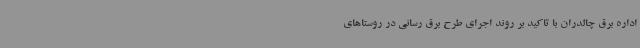
اداره برق چالدران با تاکید بر روند اجرای طرح برق رسانی در روستاهای